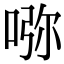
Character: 𠵸